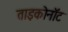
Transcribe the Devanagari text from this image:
ताइकोनॉट